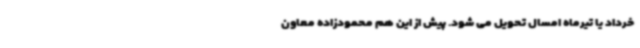
خرداد یا تیرماه امسال تحویل می شود. پیش از این هم محمودزاده معاون